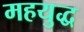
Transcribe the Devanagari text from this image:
महयुद्ध